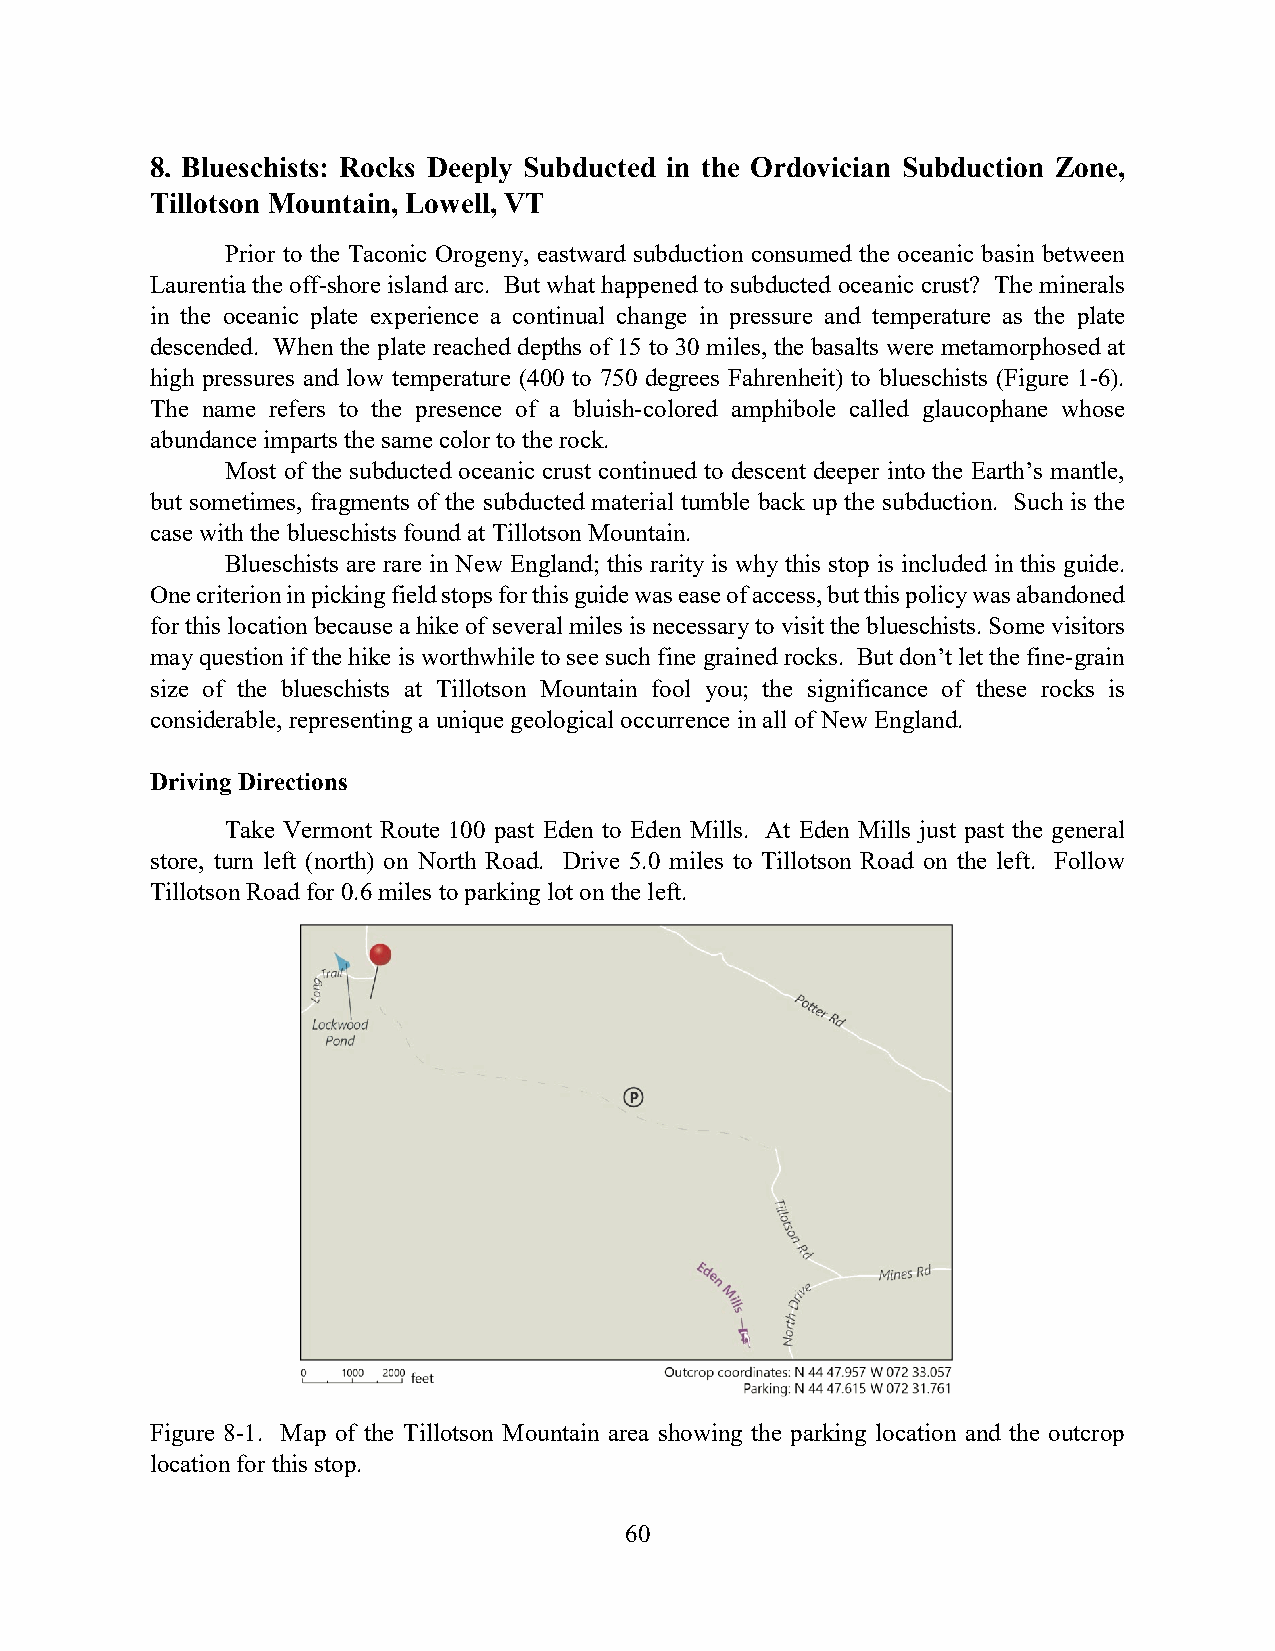
8. Blueschists: Rocks Deeply Subducted in the Ordovician Subduction Zone,
 Tillotson Mountain, Lowell, VT
 Prior to the Taconic Orogeny, eastward subduction consumed the oceanic basin between
 Laurentia the off-shore island arc. But what happened to subducted oceanic crust? The minerals
 in the oceanic plate experience a continual change in pressure and temperature as the plate
 descended. When the plate reached depths of 15 to 30 miles, the basalts were metamorphosed at
 high pressures and low temperature (400 to 750 degrees Fahrenheit) to blueschists (Figure 1-6).
 The name refers to the presence of a bluish-colored amphibole called glaucophane whose
 abundance imparts the same color to the rock.
 Most of the subducted oceanic crust continued to descent deeper into the Earth’s mantle,
 but sometimes, fragments of the subducted material tumble back up the subduction. Such is the
 case with the blueschists found at Tillotson Mountain.
 Blueschists are rare in New England; this rarity is why this stop is included in this guide.
 One criterion in picking field stops for this guide was ease of access, but this policy was abandoned
 for this location because a hike of several miles is necessary to visit the blueschists. Some visitors
 may question if the hike is worthwhile to see such fine grained rocks. But don’t let the fine-grain
 size of the blueschists at Tillotson Mountain fool you; the significance of these rocks is
 considerable, representing a unique geological occurrence in all of New England.
 Driving Directions
 Take Vermont Route 100 past Eden to Eden Mills. At Eden Mills just past the general
 store, turn left (north) on North Road. Drive 5.0 miles to Tillotson Road on the left. Follow
 Tillotson Road for 0.6 miles to parking lot on the left.
 Figure 8-1. Map of the Tillotson Mountain area showing the parking location and the outcrop
 location for this stop.
 60